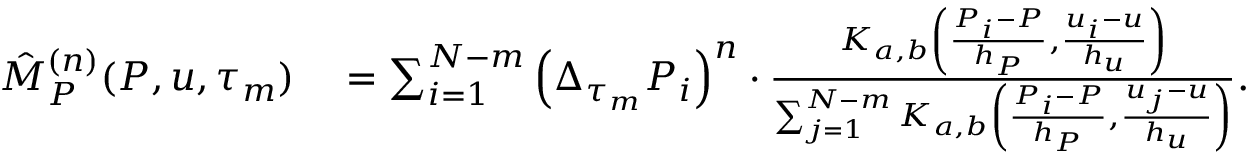
\begin{array} { r l } { \hat { M } _ { P } ^ { ( n ) } ( P , u , \tau _ { m } ) } & { { } = \sum _ { i = 1 } ^ { N - m } \left( \Delta _ { \tau _ { m } } P _ { i } \right) ^ { n } \cdot \frac { K _ { a , b } \left( \frac { P _ { i } - P } { h _ { P } } , \frac { u _ { i } - u } { h _ { u } } \right) } { \sum _ { j = 1 } ^ { N - m } K _ { a , b } \left( \frac { P _ { i } - P } { h _ { P } } , \frac { u _ { j } - u } { h _ { u } } \right) } . } \end{array}